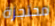
محتجزة